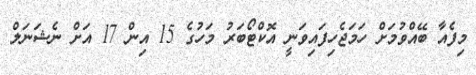
މިފެއާ ބޭއްވުމަށް ހަަމަޖެހިފައިވަނީ އޮކްޓޯބަރު މަހުގެ 15 އިން 17 އަށް ނެޝަނަލް